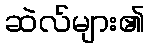
ဆဲလ်များ၏